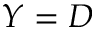
Y = D